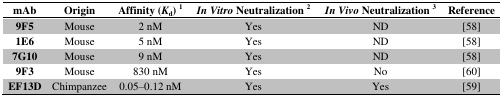
| mAb | Origin | Affinity (Kd) 1 | In Vitro Neutralization 2 | In Vivo Neutralization 3 | Reference |
 | --- | --- | --- | --- | --- | --- |
 | 9F5 | Mouse | 2 nM | Yes | ND | [58] |
 | 1E6 | Mouse | 5 nM | Yes | ND | [58] |
 | 7G10 | Mouse | 9 nM | Yes | ND | [58] |
 | 9F3 | Mouse | 830 nM | Yes | No | [60] |
 | EF13D | Chimpanzee | 0.05–0.12 nM | Yes | Yes | [59] |